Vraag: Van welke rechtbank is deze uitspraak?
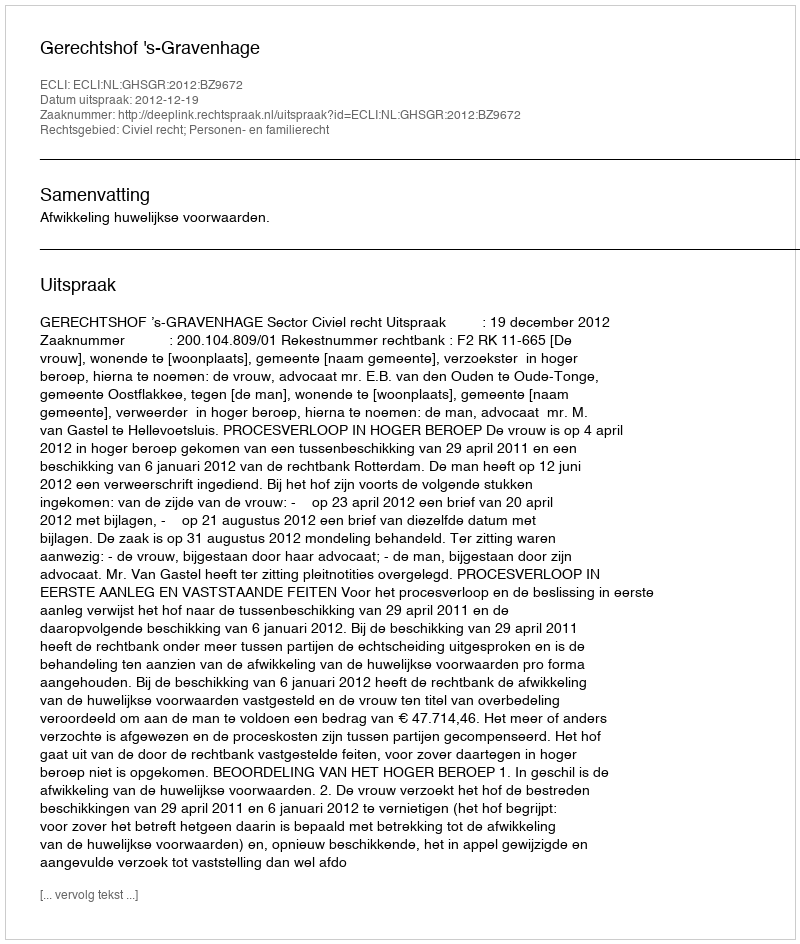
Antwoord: Gerechtshof 's-Gravenhage